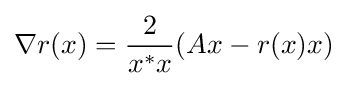
\nabla r(x)={\frac {2}{x^{*}x}}(Ax-r(x)x)